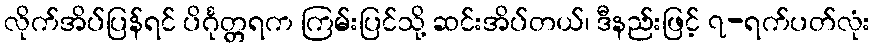
လိုက်အိပ်ပြန်ရင် ပိင်္ဂုတ္တရက ကြမ်းပြင်သို့ ဆင်းအိပ်တယ်၊ ဒီနည်းဖြင့် ၇-ရက်ပတ်လုံး